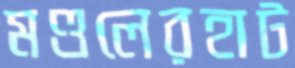
মণ্ডলেরহাট